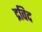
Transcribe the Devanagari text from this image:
द्रविद